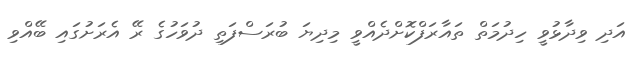
އަދި ވިދާޅުވީ ހިދުމަތް ތައާރަފްކޮށްދެއްވީ މިދިޔަ ބުރަސްފަތި ދުވަހުގެ ރޭ އެރަށުގައި ބޭއްވި